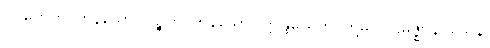
ပဝတ္တေဟိ၊ ကုန်သော။ ပဉ္စဟိ၊ ကုန်သော။ ဣန္ဒြိယေဟိ၊ တို့မှ။ ပဌမဇ္ဈာနဝသေန၊